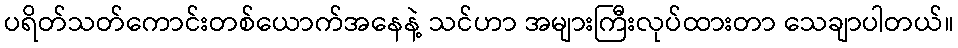
ပရိတ်သတ်ကောင်းတစ်ယောက်အနေနဲ့ သင်ဟာ အများကြီးလုပ်ထားတာ သေချာပါတယ်။